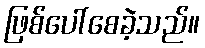
ဖြစ်ပေါ်စေခဲ့သည်။